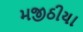
મજીઠીયા